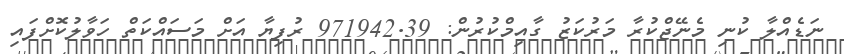
ނަޑެއްލާ ކުނި މެނޭޖްކުރާ މަރުކަޒު ގާއިމްކުރުން: 971942.39 ރުފިޔާ އަށް މަސައްކަތް ހަވާލުކޮށްފައި